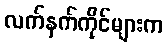
လက်နက်ကိုင်များက